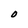
Character: 0